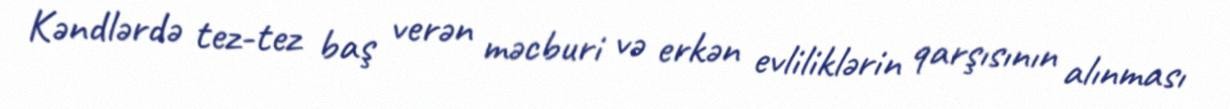
Kəndlərdə tez-tez baş verən məcburi və erkən evliliklərin qarşısının alınması